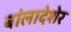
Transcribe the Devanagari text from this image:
बांलादेशेर